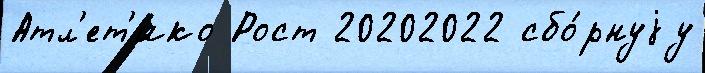
Атл'ет'ико Рост 20202022 сбо́рнуjу